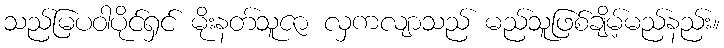
သည်မြပဝါပိုင်ရှင် မိုးနတ်သူဇာ လှကလျာသည် မည်သူဖြစ်ချိမ့်မည်နည်း။